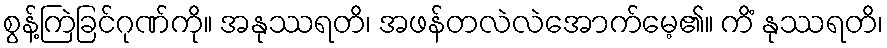
စွန့်ကြဲခြင်ဂုဏ်ကို။ အနုဿရတိ၊ အဖန်တလဲလဲအောက်မေ့၏။ ကိံ နုဿရတိ၊